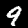
Digit: 9